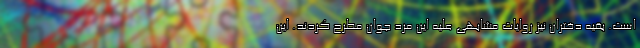
است. بقیه دختران نیز روایات مشابهی علیه این مرد جوان مطرح کردند. این